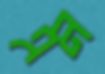
এন